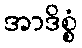
အာဒိစ္စံ